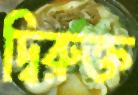
দ্বিরুক্ত